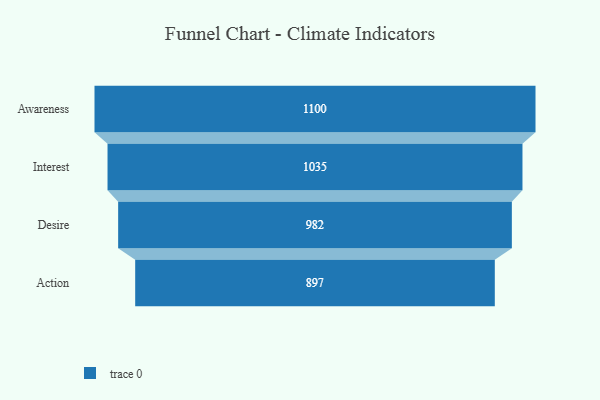
{"axis": {"x": "Stage", "y": "Value"}, "legend": [""], "data": [{"x": "Awareness", "y": 1100.0, "type": ""}, {"x": "Interest", "y": 1035.0, "type": ""}, {"x": "Desire", "y": 982.0, "type": ""}, {"x": "Action", "y": 897.0, "type": ""}]}